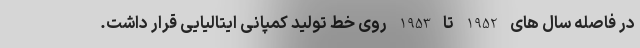
در فاصله سال های 1952 تا 1953 روی خط تولید کمپانی ایتالیایی قرار داشت.